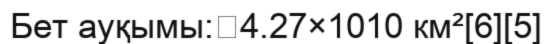
Бет ауқымы:	4.27×1010 км²[6][5]